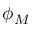
\phi _ { M }